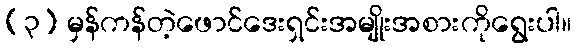
(၃) မှန်ကန်တဲ့ဖောင်ဒေးရှင်းအမျိုးအစားကိုရွေးပါ။